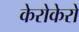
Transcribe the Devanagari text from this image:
केरोकेरो